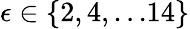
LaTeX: \epsilon\in\{ 2,4,...14\}